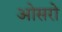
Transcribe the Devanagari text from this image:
ओसरो